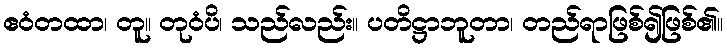
ဧဝံတထာ၊ တူ။ တုဝံပိ၊ သည်လည်း။ ပတိဋ္ဌာဘူတာ၊ တည်ရာဖြစ်၍ဖြစ်၏။